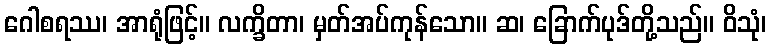
ဂေါစရဿ၊ အာရုံဖြင့်။ လက္ခိတာ၊ မှတ်အပ်ကုန်သော။ ဆ၊ ခြောက်ပုဒ်တို့သည်။ ဝိသုံ၊